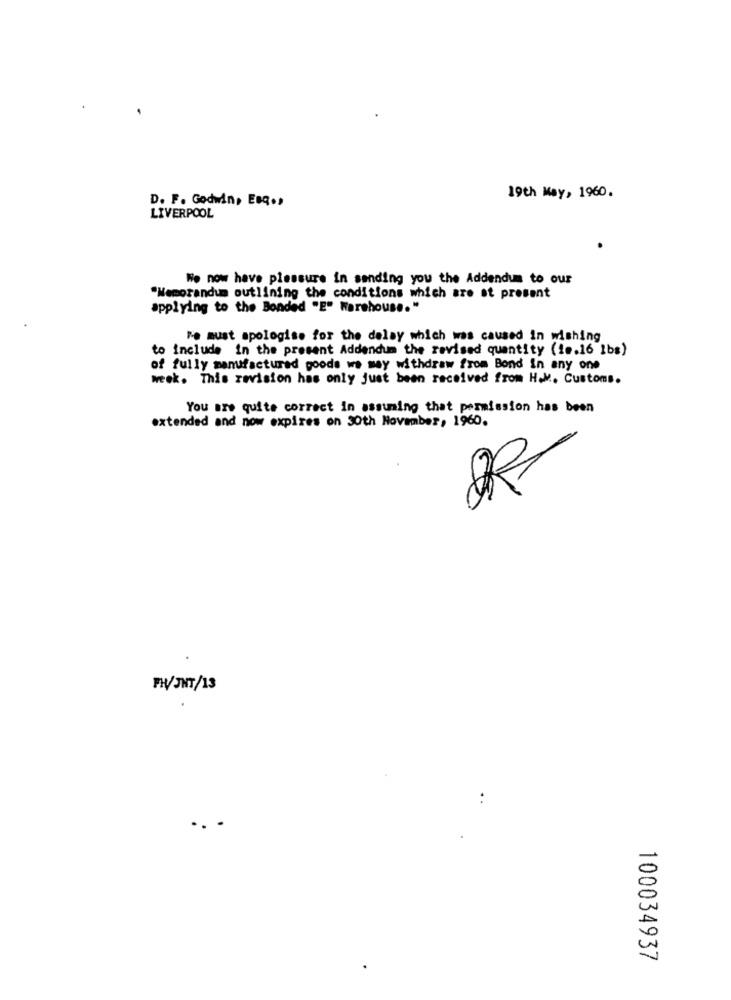
D. F. Godwin, Esq .,
19th May, 1960.
LIVERPOOL
We now have plessure in sending you the Addendum to our
"Memorandum outlining the conditions which are at present
applying to the Bonded "E" Warehouse."
Re must apologise for the delay which was caused in wishing
to include in the present Addendum the revised quantity (ie.16 1bs)
of fully manufactured goods we may withdraw from Bond in any one
week. This revision has only just been received from H.M. Customs.
You are quite correct in assuming that permission has been
extended and now expires on 30th November, 1960.
FHV/JNT/13
..
100034937